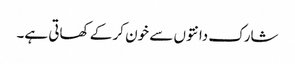
شارک دانتوں سے خون کر کے کھاتی ہے۔